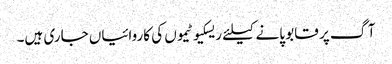
آگ پر قابو پانے کیلئے ریسکیو ٹیموں کی کاروائیاں جاری ہیں۔